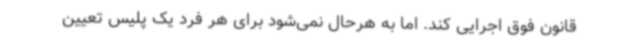
قانون فوق اجرایی کند. اما به هرحال نمی‌شود برای هر فرد یک پلیس تعیین